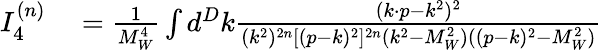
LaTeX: \begin{array}{rl}{I_{4}^{(n)}}&{{}=\frac{1}{M_{W}^{4}}\int d^{D}k\frac{(k\cdot p-k^{2})^{2}}{(k^{2})^{2n}[(p-k)^{2}]^{2n}(k^{2}-M_{W}^{2})((p-k)^{2}-M_{W}^{2})}}\end{array}